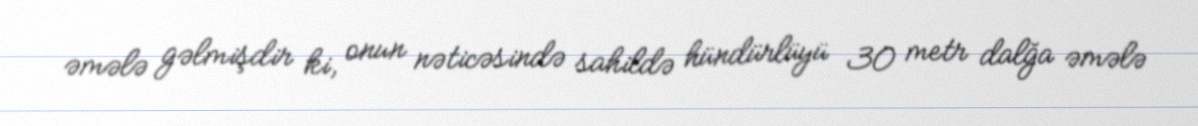
əmələ gəlmişdir ki, onun nəticəsində sahildə hündürlüyü 30 metr dalğa əmələ